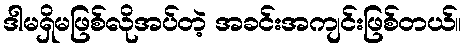
ဒါမရှိမဖြစ်လိုအပ်တဲ့ အခင်းအကျင်းဖြစ်တယ်။